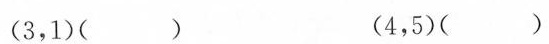
(3，1)() (4，5)()